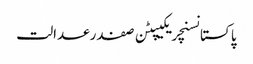
پاکستانسنچریکیپٹن صفدرعدالت